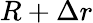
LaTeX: R+\Delta r